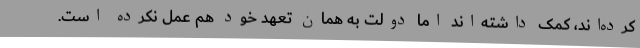
کرده‌اند، کمک داشته‌اند اما دولت به همان تعهد خود هم عمل نکرده است.